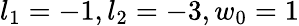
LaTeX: l_{1}=-1,l_{2}=-3,w_{0}=1